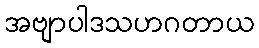
အဗျာပါဒသဟဂတာယ